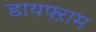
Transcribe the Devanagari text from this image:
डायफ्ऱाम